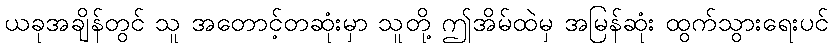
ယခုအချိန်တွင် သူ အတောင့်တဆုံးမှာ သူတို့ ဤအိမ်ထဲမှ အမြန်ဆုံး ထွက်သွားရေးပင်